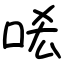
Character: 㖁